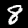
Label: 8